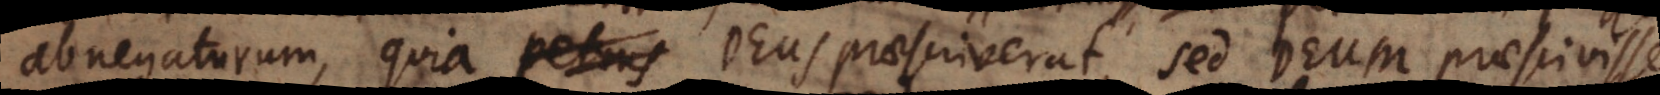
rum, quia Deus praesciverat, sed Deum praescivisse